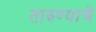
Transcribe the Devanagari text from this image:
तारुण्याचे